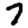
Digit: 7